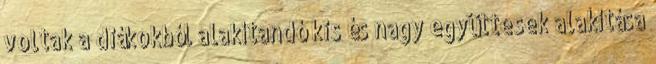
voltak a diákokból alakítandó kis és nagy együttesek alakítása